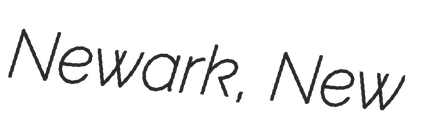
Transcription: Newark, New